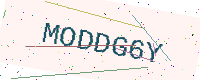
Text: MODDG6Y